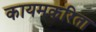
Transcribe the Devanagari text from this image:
कायमकरिता